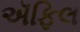
ઍફિલ